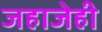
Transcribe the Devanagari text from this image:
जहाजेही